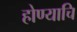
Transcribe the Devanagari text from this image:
होण्याचि